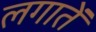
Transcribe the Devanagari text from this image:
लगातें